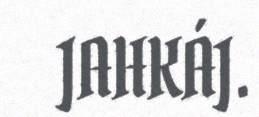
JAHKÁJ.